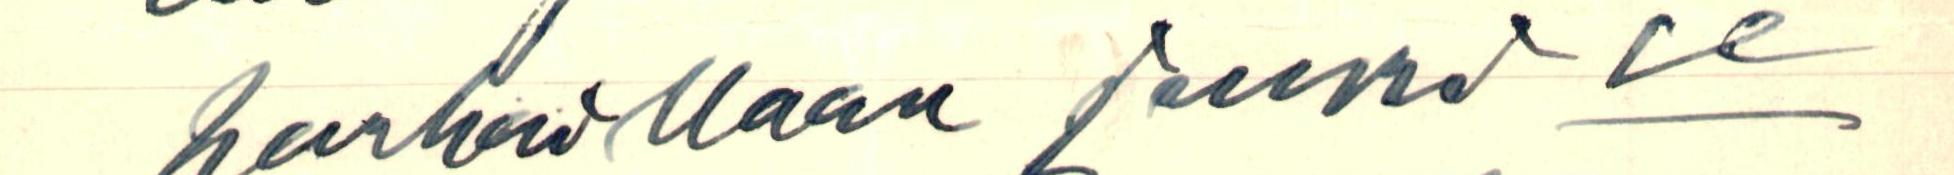
parhaillaan juuri se